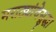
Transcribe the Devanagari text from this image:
मराठ्यांचेसुद्धा